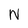
Character: N